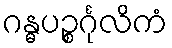
ဂန္ဓပဉ္စင်္ဂုလိကံ